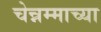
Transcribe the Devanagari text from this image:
चेन्नम्माच्या